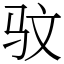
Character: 𫘜